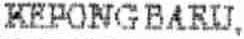
KEPONG BARU,